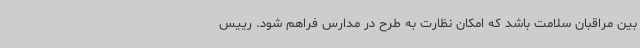
بین مراقبان سلامت باشد که امکان نظارت به طرح در مدارس فراهم شود. رییس